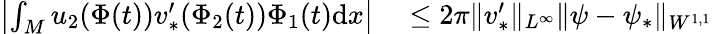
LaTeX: \begin{array}{rl}{\left|\int_{M}u_{2}(\Phi(t))v_{*}^{\prime}(\Phi_{2}(t))\Phi_{1}(t)\mathrm{d}x\right|}&{{}\leq 2\pi\| v_{*}^{\prime}\| _{L^{\infty}}\| {\psi}-\psi_{*}\| _{W^{1,1}}}\end{array}